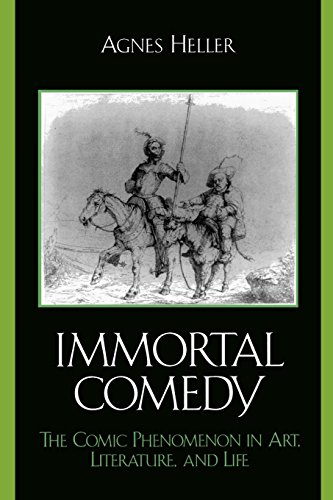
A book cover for The Immortal Comedy: The Comic Phenomenon in Art, Literature, and Life; Agnes Heller; Humor & Entertainment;